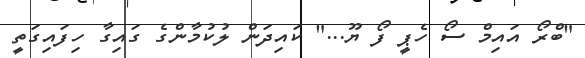
"ބްރޯ އައިމް ސޯ ހެޕީ ފޯ ޔޫ..." ކައިދަން ލުކުމާންގެ ގައިގާ ހިފައިގަތީ